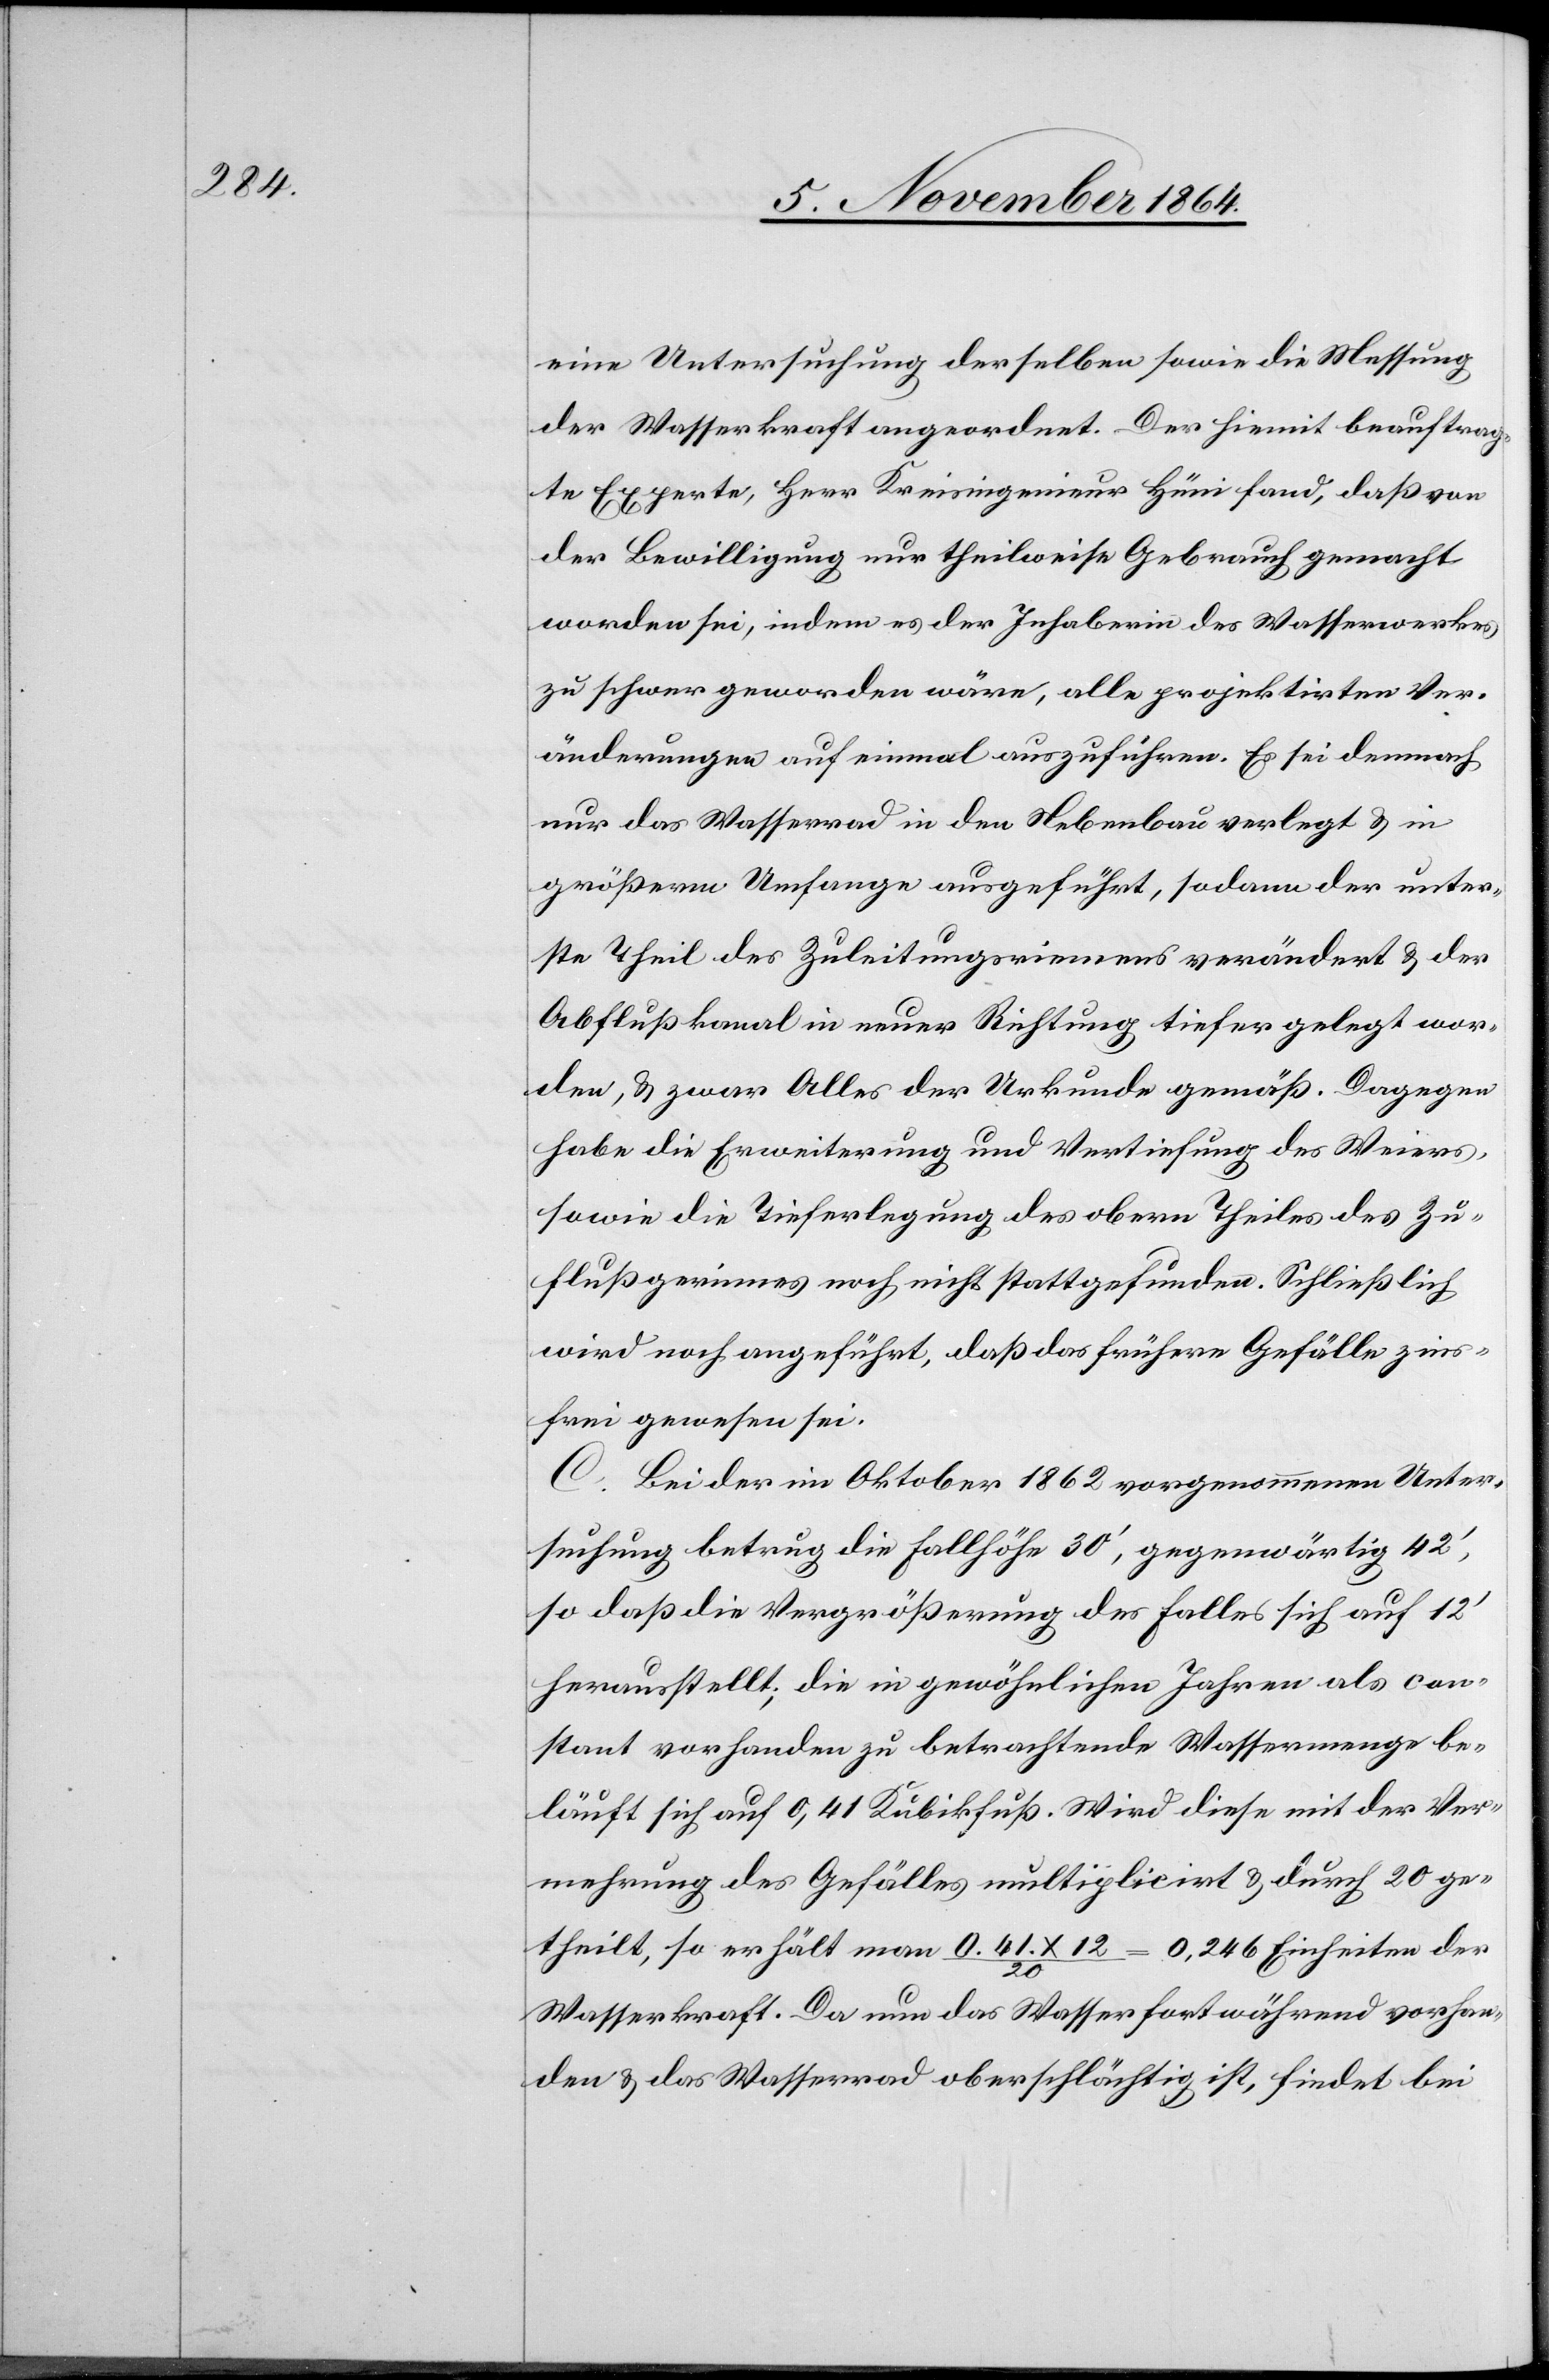
eine Untersuchung derselben sowie die Messung
der Wasserkraft angeordnet. Der hiemit beauftrag¬
te Experte, Herr Kreisingenieur Hüni fand, daß von
der Bewilligung nur theilweise Gebrauch gemacht
worden sei, indem es der Inhaberin des Wasserwerkes
zu schwer geworden wäre, alle projektirten Ver¬
änderungen auf einmal auszuführen. Es sei demnach
nur das Wasserrad in den Nebenbau verlegt & in
größerm Umfange ausgeführt, sodann der unter¬
ste Theil des Zuleitungsriemens verändert & der
Abflußkanal in neuer Richtung tiefer gelegt wor¬
den, & zwar Alles der Urkunde gemäß. Dagegen
habe die Erweiterung und Vertiefung des Weiers,
sowie die Tieferlegung des obern Theiles des Zu¬
flußgerinnes noch nicht stattgefunden. Schließlich
wird noch angeführt, daß das frühere Gefälle zins¬
frei gewesen sei.
C. Bei der im Oktober 1862 vorgenommenen Unter¬
suchung betrug die Fallhöhe 30’, gegenwärtig 42’,
so daß die Vergrößerung des Falles sich auf 12’
herausstellt; die in gewöhnlichen Jahren als con¬
stant vorhanden zu betrachtende Wassermenge be¬
läuft sich auf 0,41 Kubikfuß. Wird diese mit der Ver¬
mehrung des Gefälles multiplicirt & durch 20
getheilt, so erhält man 0,41. x 12 / 20 = 0,246 Einheiten der
Wasserkraft. Da nun das Wasser fortwährend vorhan¬
den & das Wasserrad oberschlächtig ist, findet bei